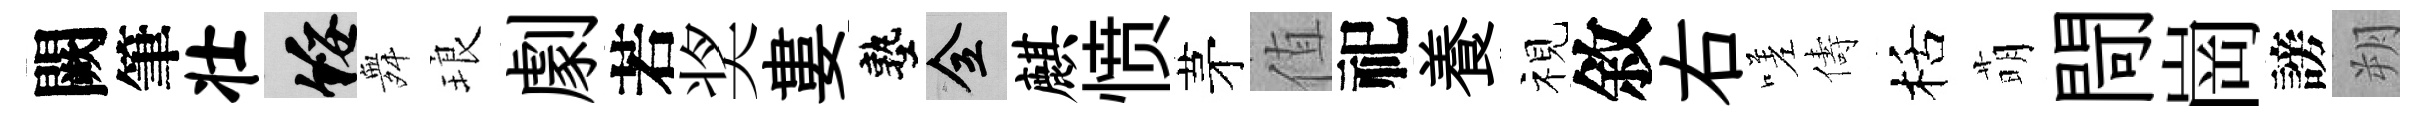
闕筆壮綏舞琅劇若奖婁塾全麒愤茅值祀養视敘右嗟儔栝萌閜崗謗朔